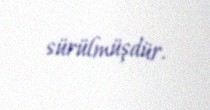
sürülmüşdür.